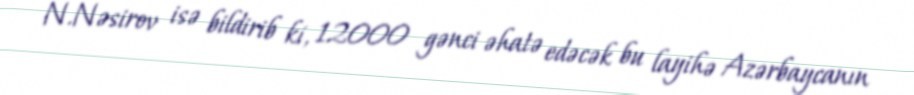
N.Nəsirov isə bildirib ki, 12000 gənci əhatə edəcək bu layihə Azərbaycanın